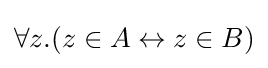
\forall z.(z\in A\leftrightarrow z\in B)